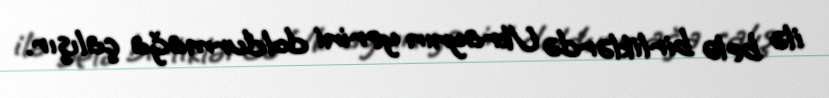
ilə belə birliklərdə Ukraynın yerini doldurmağa çalışır.